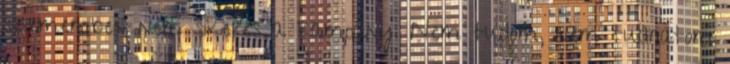
szememben nem sikeres a kampány. Nem tudom, nem tudhatom